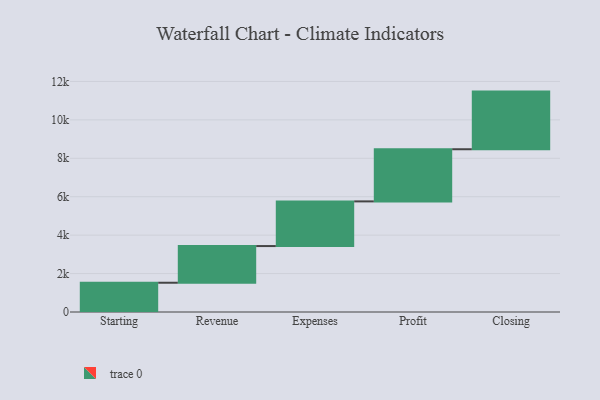
{"axis": {"x": "Step", "y": "Value"}, "legend": [""], "data": [{"x": "Starting", "y": 1523.0, "type": ""}, {"x": "Revenue", "y": 1909.0, "type": ""}, {"x": "Expenses", "y": 2325.0, "type": ""}, {"x": "Profit", "y": 2714.0, "type": ""}, {"x": "Closing", "y": 3000, "type": ""}]}